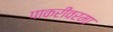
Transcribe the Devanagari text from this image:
पाकरीवरमा